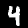
Digit: 4